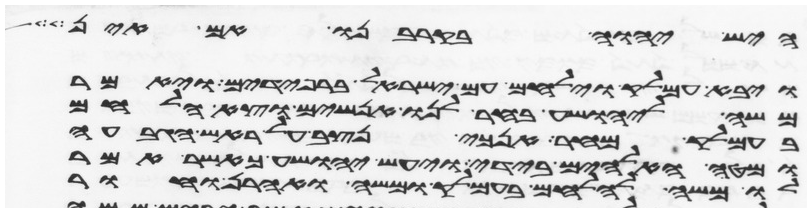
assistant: היש יהוה בקרבנו אם אין
ויבא עמלק וילחם עם ישראל ברפידים ויאמר
משה ליהושע בחר לנו אנשים וצא הלחם
בעמלק מחר אנכי נצב על ראש הגבעה
ומטה האלהים בידי ויעש יהושע כאשר אמר
לו משה להלחם בעמלק ומשה ואהרן וחור